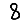
Digit: 8